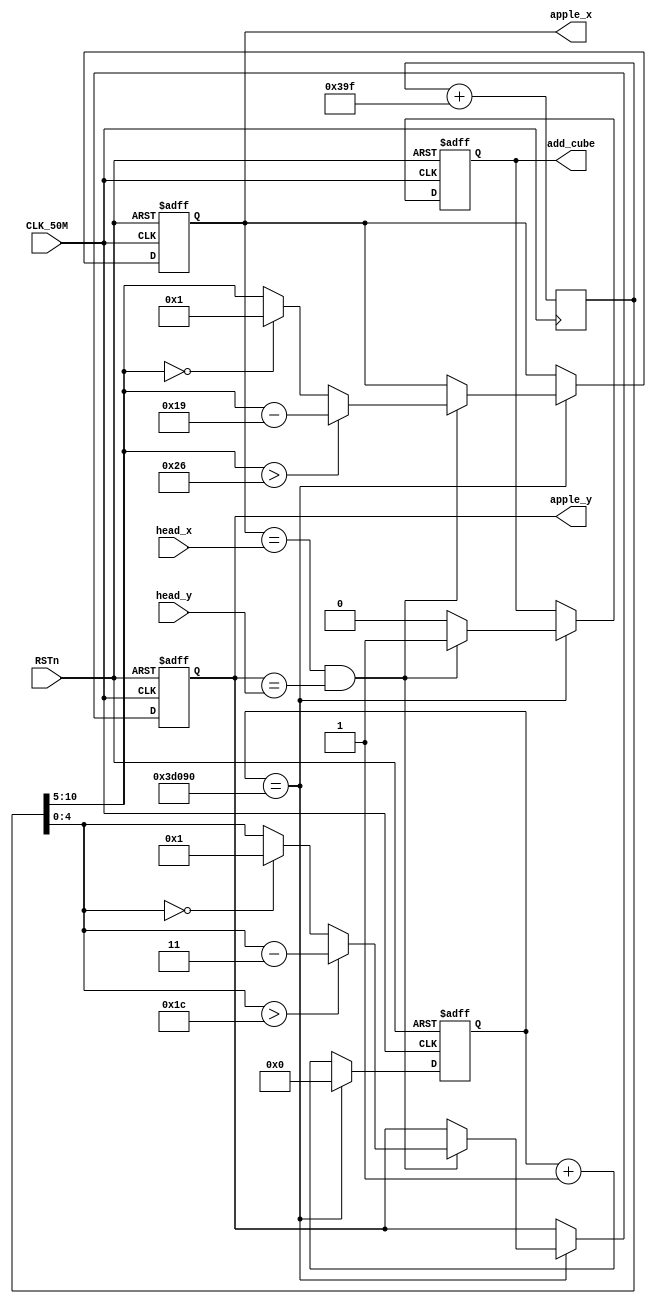
module Snake_Eatting_Apple//
(
	input CLK_50M,
	input RSTn,
	
	input [5:0] head_x,
	input [5:0] head_y,
	
	output reg [5:0] apple_x,
	output reg [4:0] apple_y,

	output reg add_cube
);
/***************************************************************************/
	reg [31:0] clk_cnt;
	reg [10:0] random_num;
	
	always@(posedge CLK_50M)
		random_num <= random_num + 11'd927;  //  
		//5X 5Y
	
	always@(posedge CLK_50M or negedge RSTn)
		begin
			if(!RSTn)
				begin
					clk_cnt <= 0;
					
					apple_x <= 24;//
					apple_y <= 10;
					
					add_cube <= 0;
				end
			else
				begin
					clk_cnt <= clk_cnt + 1;
					if(clk_cnt == 250_000)//0.5
						begin
							clk_cnt <= 0;
							if(apple_x == head_x&&apple_y == head_y)//
								begin
									add_cube <= 1;
									apple_x <= (random_num[10:5]>6'd38)?(random_num[10:5]-6'd25):((random_num[10:5] == 6'd0)?6'd1:random_num[10:5]);
									apple_y <= (random_num[4:0]>5'd28)?(random_num[4:0]-5'd3):((random_num[4:0] == 5'd0)?5'd1:random_num[4:0]);
								end   // X Y
							else
								add_cube <= 0;
						end
				end
		end
endmodule